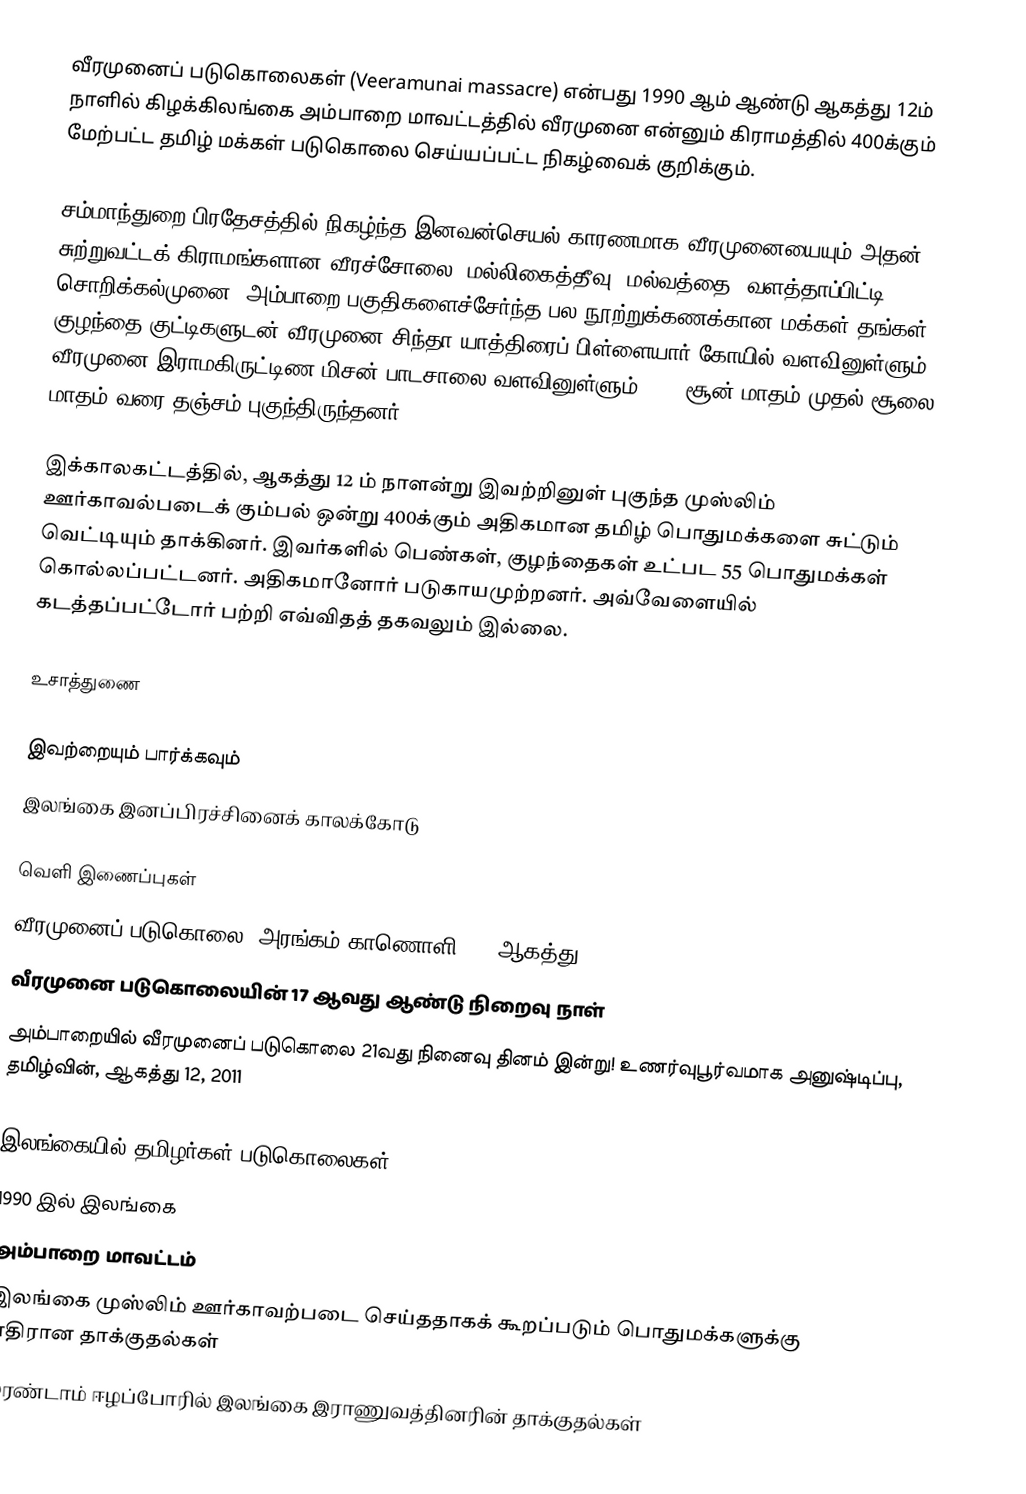
வீரமுனைப் படுகொலைகள் (Veeramunai massacre) என்பது 1990 ஆம் ஆண்டு ஆகத்து 12ம் நாளில் கிழக்கிலங்கை அம்பாறை மாவட்டத்தில் வீரமுனை என்னும் கிராமத்தில் 400க்கும் மேற்பட்ட தமிழ் மக்கள் படுகொலை செய்யப்பட்ட நிகழ்வைக் குறிக்கும்.

சம்மாந்துறை பிரதேசத்தில் நிகழ்ந்த இனவன்செயல் காரணமாக வீரமுனையையும் அதன் சுற்றுவட்டக் கிராமங்களான வீரச்சோலை, மல்லிகைத்தீவு, மல்வத்தை, வளத்தாப்பிட்டி, சொறிக்கல்முனை, அம்பாறை பகுதிகளைச்சேர்ந்த பல நூற்றுக்கணக்கான மக்கள் தங்கள் குழந்தை குட்டிகளுடன் வீரமுனை சிந்தா யாத்திரைப் பிள்ளையார் கோயில் வளவினுள்ளும் வீரமுனை இராமகிருட்டிண மிசன் பாடசாலை வளவினுள்ளும் 1990 சூன் மாதம் முதல் சூலை மாதம் வரை தஞ்சம் புகுந்திருந்தனர்.

இக்காலகட்டத்தில், ஆகத்து 12 ம் நாளன்று இவற்றினுள் புகுந்த முஸ்லிம் ஊர்காவல்படைக் கும்பல் ஒன்று 400க்கும் அதிகமான தமிழ் பொதுமக்களை சுட்டும் வெட்டியும் தாக்கினர். இவர்களில் பெண்கள், குழந்தைகள் உட்பட 55 பொதுமக்கள் கொல்லப்பட்டனர். அதிகமானோர் படுகாயமுற்றனர். அவ்வேளையில் கடத்தப்பட்டோர் பற்றி எவ்விதத் தகவலும் இல்லை.

உசாத்துணை

இவற்றையும் பார்க்கவும்
 இலங்கை இனப்பிரச்சினைக் காலக்கோடு

வெளி இணைப்புகள்
வீரமுனைப் படுகொலை, அரங்கம் காணொளி, 12 ஆகத்து 2019
வீரமுனை படுகொலையின் 17 ஆவது ஆண்டு நிறைவு நாள்
அம்பாறையில் வீரமுனைப் படுகொலை 21வது நினைவு தினம் இன்று! உணர்வுபூர்வமாக அனுஷ்டிப்பு, தமிழ்வின், ஆகத்து 12, 2011

இலங்கையில் தமிழர்கள் படுகொலைகள்
1990 இல் இலங்கை
அம்பாறை மாவட்டம்
இலங்கை முஸ்லிம் ஊர்காவற்படை செய்ததாகக் கூறப்படும் பொதுமக்களுக்கு எதிரான தாக்குதல்கள்
இரண்டாம் ஈழப்போரில் இலங்கை இராணுவத்தினரின் தாக்குதல்கள்